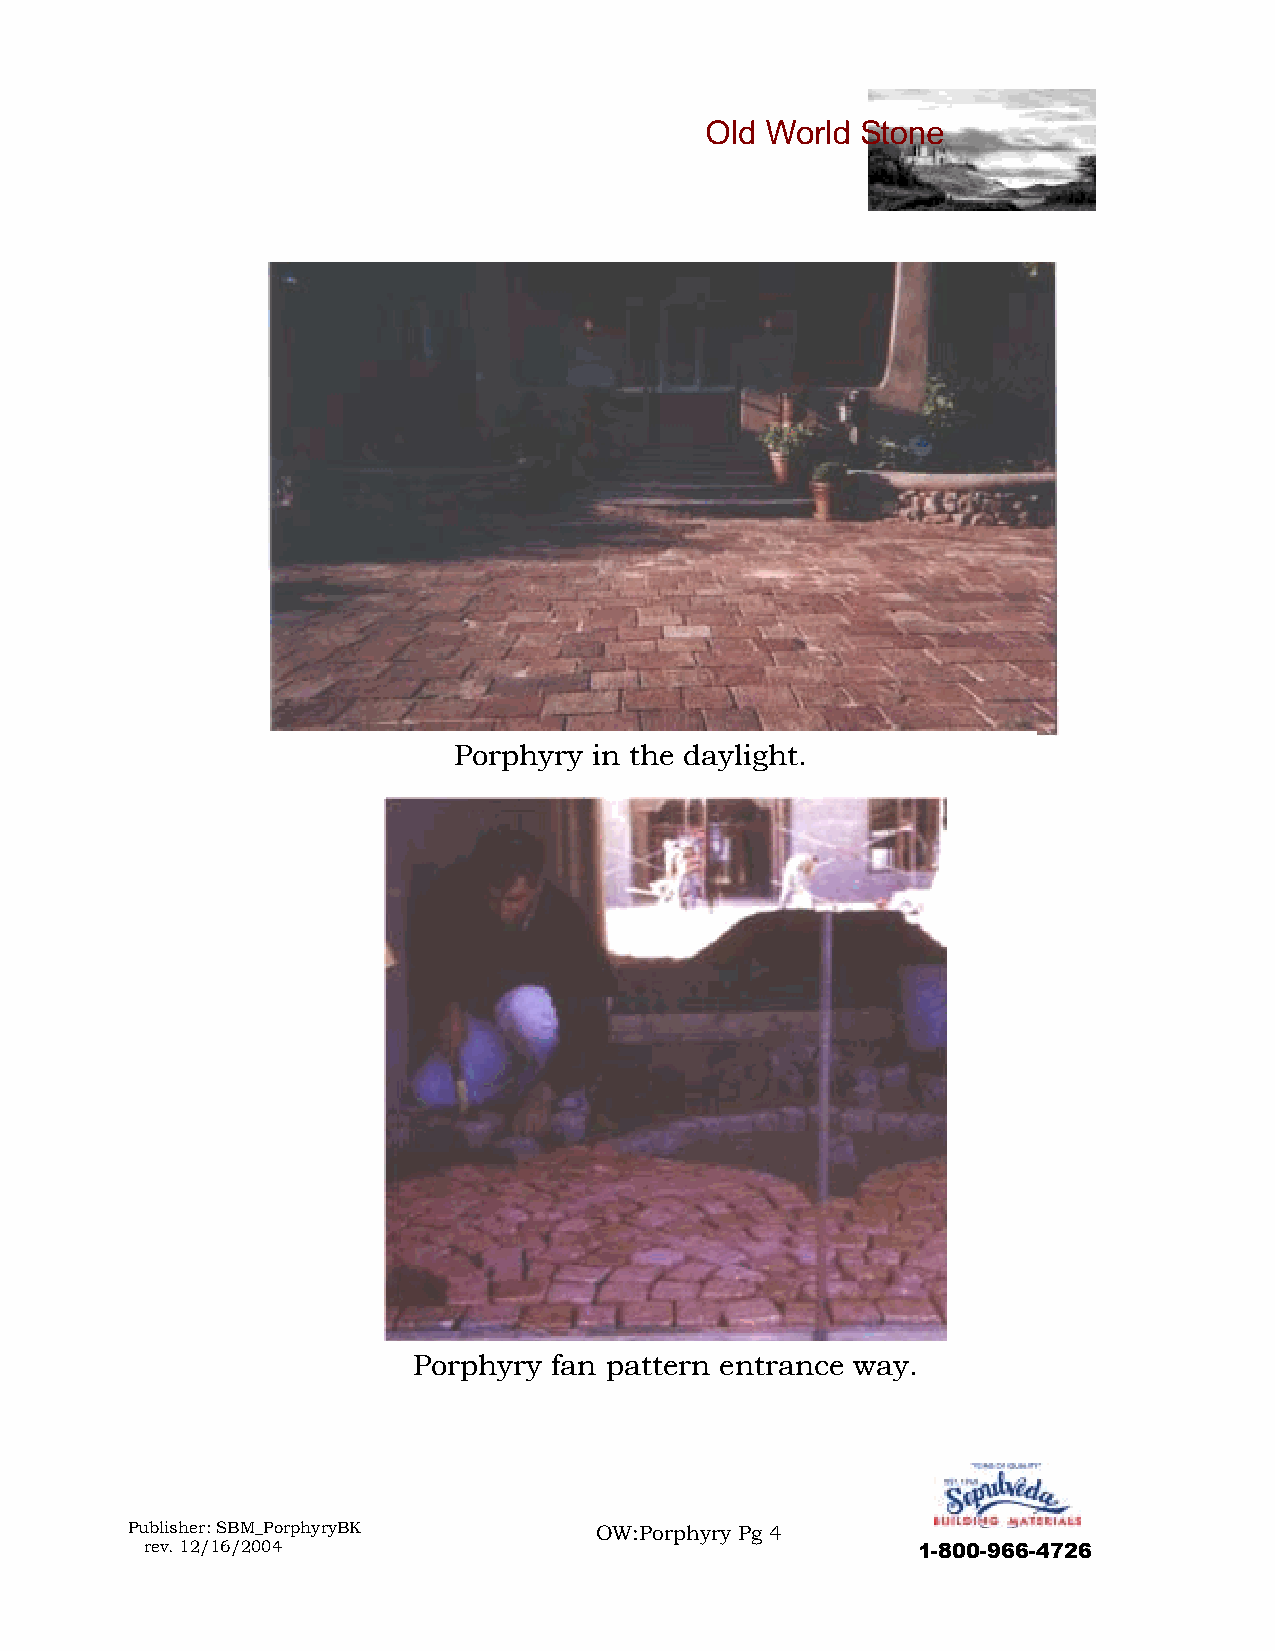
Porphyry in the daylight.
 Porphyry fan pattern entrance way.
 Publisher: SBM_PorphyryBK      OW:Porphyry Pg 4
 rev. 12/16/2004                                    1-800-966-4726